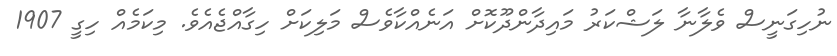
ނުހިގަނީސް ވެލާނާ ލަޝްކަރު މައިދާންދޫކޮށް އަނެއްކާވެސް މަލިކަށް ހިގާއްޖެއެވެ. މިކަމެއް ހިގީ 1907